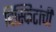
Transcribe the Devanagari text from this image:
बिस्किटांची